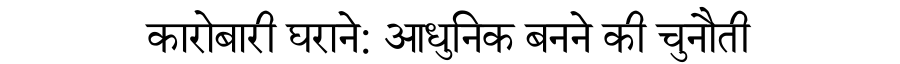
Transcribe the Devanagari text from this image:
कारोबारी घराने: आधुनिक बनने की चुनौती